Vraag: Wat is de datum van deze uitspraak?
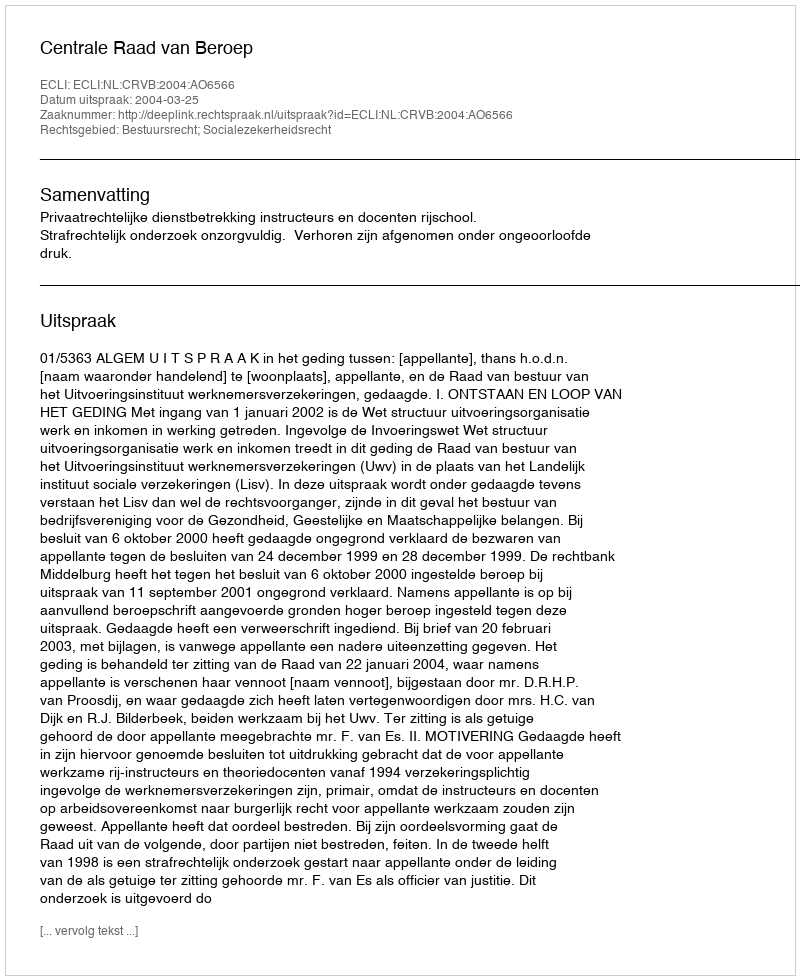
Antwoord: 2004-03-25